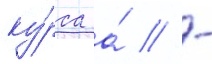
ку́рса а́ // -